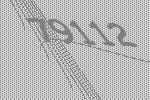
79112